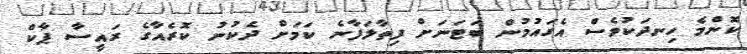
ކޮންމެ ހިނދަކުވެސް އެގައުމުން ބަޓަނަށް ފިތާލަފާނެ ކަމަށް ދެކުނު ކޮރެއާގެ ރައީސާ ޕާކް